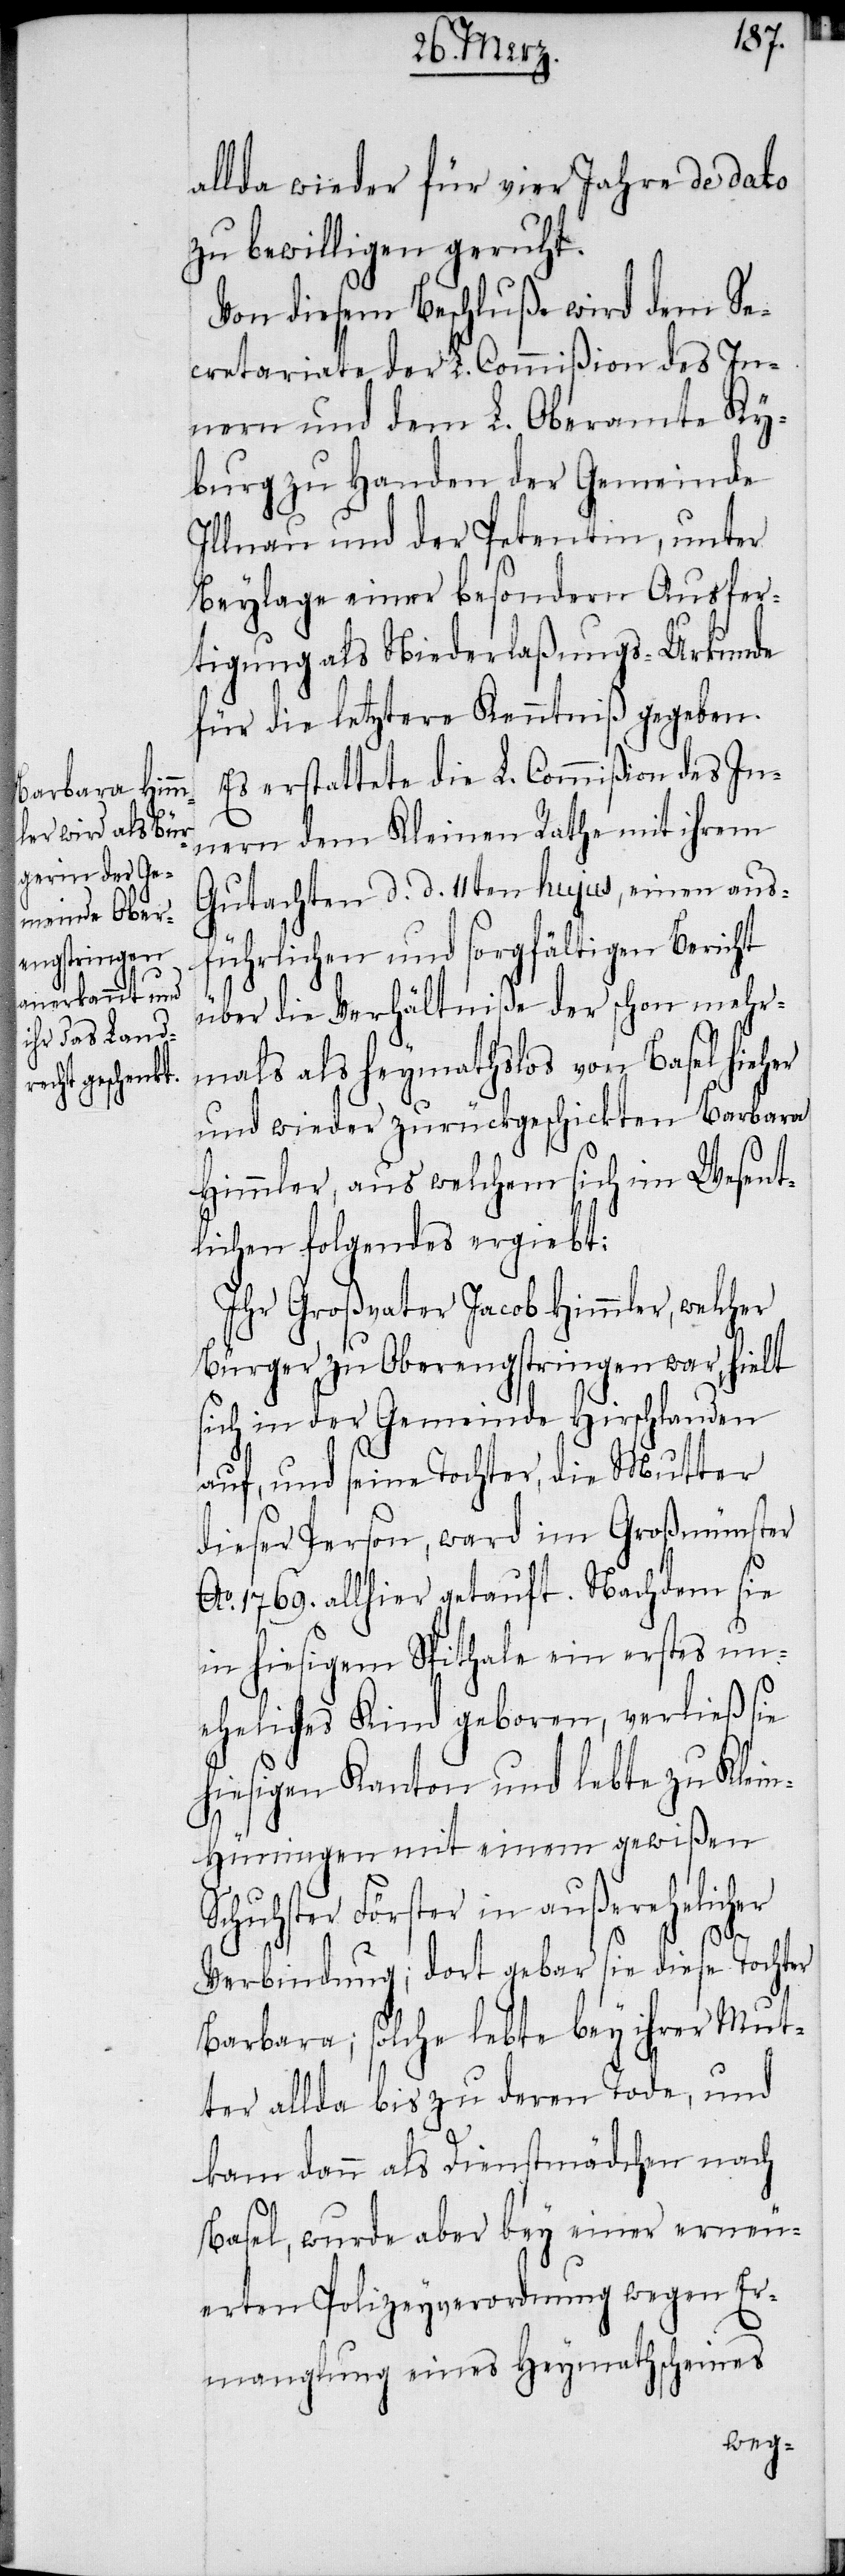
allda wieder für vier Jahre de dato
zu bewilligen geruht.
Von diesem Beschluße wird dem Se¬
cretariate der L. Commißion des In¬
nern und dem L. Oberamte Ky¬
burg zu Handen der Gemeinde
Illnau und der Petentin, unter
Beylage einer besondern Ausfer¬
tigung als Niederlaßungs-Urkunde
für die letztere Kenntniß gegeben.
Es erstattete die L. Commißion des In¬
nern dem Kleinen Rathe mit ihrem
Gutachten d. d. 11ten hujus, einen aus¬
führlichen und sorgfältigen Bericht
über die Verhältniße der schon mehr¬
mals als heymathslos von Basel hieher
und wieder zurückgeschickten Barbara
Himmler, aus welchem sich im Wesent¬
lichen folgendes ergiebt:
Ihr Großvater Jacob Himmler, welcher
Bürger zu Oberengstringen war, hielt
sich in der Gemeinde Hirschlanden
auf, und seine Tochter, die Mutter
dieser Person, ward im Großmünster
Ao. 1769. allhier getauft. Nachdem sie
in hiesigem Spithale ein erstes un¬
eheliches Kind geboren, verließ sie
hiesigen Kanton und lebte zu Klei¬
n-Hüningen mit einem gewißen
Schuhster Förster in außerehelicher
Mut¬
ter allda bis zu deren Tode, und
kam dann als Dienstmädchen nach
Basel, wurde aber bey einer erneu¬
erten Polizeyverordnung wegen Er¬
manglung eines Heymathscheines